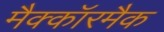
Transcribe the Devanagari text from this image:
मैक्कॉरमैक